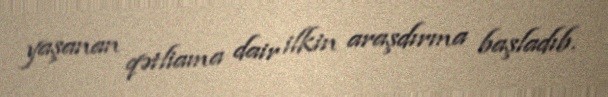
yaşanan qətliama dair ilkin araşdırma başladıb.